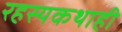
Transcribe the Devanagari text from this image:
रहस्यकथाही